Annual report of the Bengal Veterinary College and of the Civil Veterinary Department, Bengal, for the year 1912-1913 - 1912-1913
Year: 1912
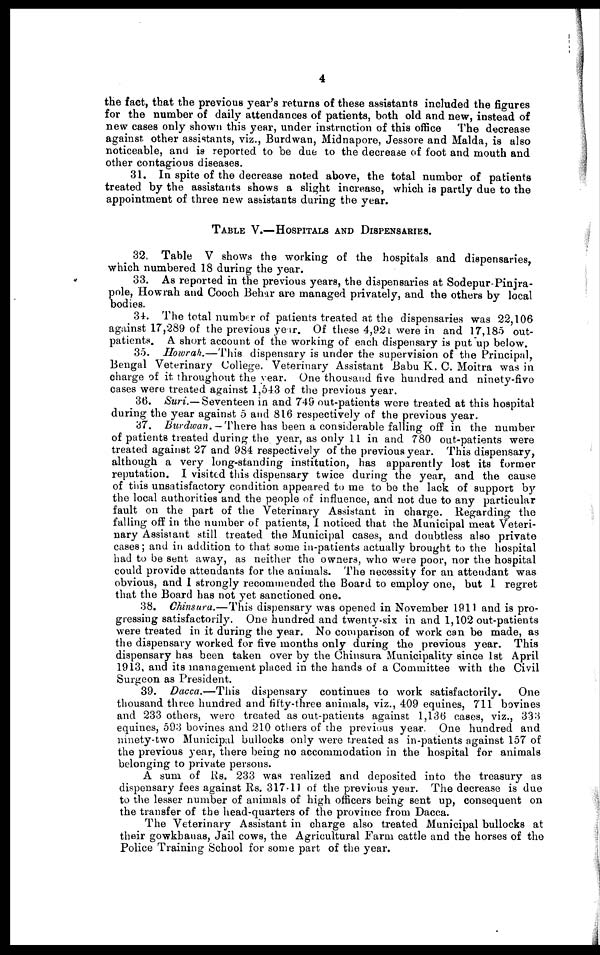
4
the fact, that the previous year's returns of these assistants included the figures
for the number of daily attendances of patients, both old and new, instead of
new cases only shown this year, under instruction of this office
The decrease
against other assistants, viz., Burdwan, Midnapore, Jessore and Malda, is also
noticeable, and is reported to be due to the decrease of foot and mouth and
other contagious diseases.
31. In spite of the decrease noted above, the total number of patients
treated by the assistants shows a slight increase, which is partly due to the
appointment of three new assistants during the year.
TABLE V.—HOSPITALS AND DISPENSARIES.
32. Table V shows the working of the hospitals and dispensaries,
which numbered 18 during the year.
33. As reported in the previous years, the dispensaries at Sodepur-Pinjra-
pole, Howrah and Cooch Behar are managed privately, and the others by local
bodies.
34. The total number of patients treated at the dispensaries was 22,106
against 17,289 of the previous year. Of these 4,921 were in and 17,185 out-
patients. A short account of the working of each dispensary is put up below.
35. Howrah.—This
dispensary is under the supervision of the Principal,
Bengal Veterinary College. Veterinary Assistant Babu K. G. Moitra was in
charge of it throughout the year. One thousand five hundred and ninety-five
cases were treated against 1,543 of the previous year.
36. Suri.— Seventeen in and 749 out-patients were treated at this hospital
during the year against 5 and 816 respectively of the previous year.
37. Burdwan. — There has been a considerable falling off in the number
of patients treated during the year, as only 11 in and 780 out-patients were
treated against 27 and 984 respectively of the previous year. This dispensary,
although a very long-standing institution, has apparently lost its former
reputation. I visited this dispensary twice during the year, and the cause
of this unsatisfactory condition appeared to me to be the lack of support by
the local authorities and the people of influence, and not due to any particular
fault on the part of the Veterinary Assistant in charge. Regarding the
falling off in the number of patients, 1 noticed that the Municipal meat Veteri-
nary Assistant still treated the Municipal cases, and doubtless also private
cases; and in addition to that some in-patients actually brought to the hospital
had to be sent away, as neither the owners, who were poor, nor the hospital
could provide attendants for the animals. The necessity for an attendant was
obvious, and 1 strongly recommended the Board to employ one, but 1 regret
that the Board has not yet sanctioned one.
38. Chinsura.—This dispensary was opened in November 1911 and is pro-
gressing satisfactorily. One hundred and twenty-six in and 1,102 out-patients
were treated in it during the year. No comparison of work can be made, as
the dispensary worked for five months only during the previous year. This
dispensary has been taken over by the Chinsura Municipality since 1st April
1913, and its management placed in the hands of a Committee with the Civil
Surgeon as President.
39. Dacca.—This
dispensary continues to work satisfactorily.
One
thousand three hundred and fifty-three animals, viz., 409 equines, 711 bovines
and 233 others, were treated as out-patients against 1,136 cases, viz., 333
equines, 593 bovines and 210 others of the previous year. One hundred and
ninety-two Municipal bullocks only were treated as in-patients against 157 of
the previous year, there being no accommodation in the hospital for animals
belonging to private persons.
A sum of Rs. 233 was realized and deposited into the treasury as
dispensary fees against Rs. 317-11 of the previous year. The decrease is due
to the lesser number of animals of high officers being sent up, consequent on
the transfer of the head-quarters of the province from Dacca.
The Veterinary Assistant in charge also treated Municipal bullocks at
their gowkbanas, Jail cows, the Agricultural Farm cattle and the horses of the
Police Training School for some part of the year.